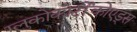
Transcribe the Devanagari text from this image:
ग्लुकोकोर्टीकोएड्स